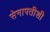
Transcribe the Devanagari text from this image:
सेनापतीशी